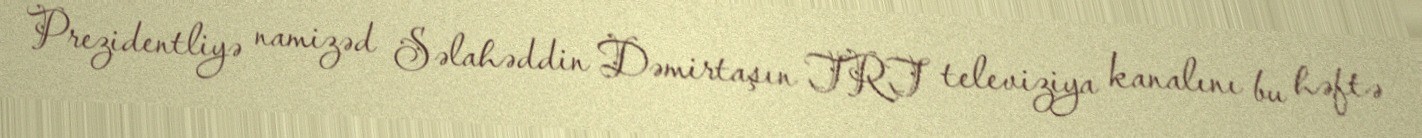
Prezidentliyə namizəd Səlahəddin Dəmirtaşın TRT televiziya kanalını bu həftə